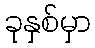
ခုနှစ်မှာ